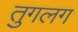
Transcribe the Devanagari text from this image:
तुगलग